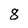
Character: 8